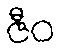
ဇီဝ